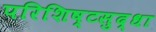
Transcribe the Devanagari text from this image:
परिशिष्टसुद्धा